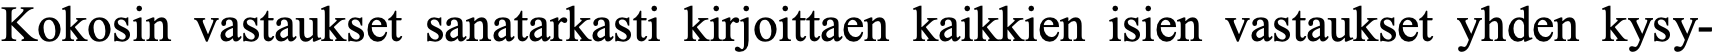
Kokosin vastaukset sanatarkasti kirjoittaen kaikkien isien vastaukset yhden kysy-